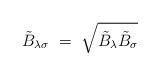
LaTeX: \begin{align*}\tilde{B}_{\lambda\sigma} ~=~ \sqrt{\tilde{B}_\lambda \tilde{B}_\sigma}\end{align*}